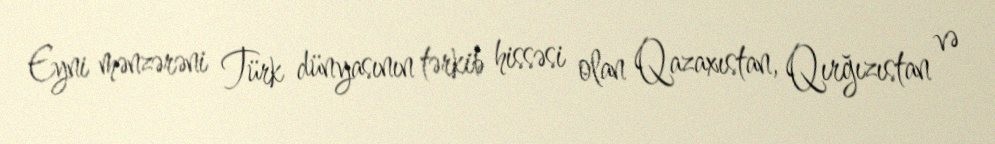
Eyni mənzərəni Türk dünyasının tərkib hissəsi olan Qazaxıstan, Qırğızıstan və